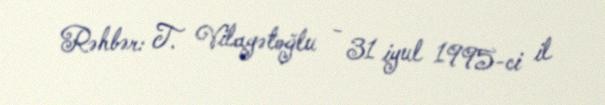
Rəhbər: T. Vilayətoğlu - 31 iyul 1995-ci il